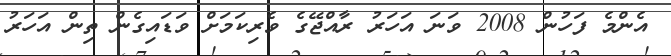
އެންމެ ފަހުން 2008 ވަނަ އަހަރު ރާއްޖޭގެ ވެރިކަމަށް ވަޑައިގެން ތިން އަހަރު